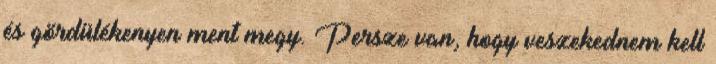
és gördülékenyen ment megy. Persze van, hogy veszekednem kell